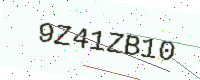
Text: 9Z41ZB10